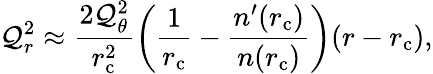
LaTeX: \mathcal{Q}_{r}^{2}\approx\frac{{2\mathcal{Q}_{\theta}^{2}}}{{r_{\mathrm{{c}}}^{2}}}\left(\frac{{1}}{{r_{\mathrm{{c}}}}}-\frac{{n^{\prime}(r_{\mathrm{{c}}})}}{{n(r_{\mathrm{{c}}})}}\right)(r-r_{\mathrm{{c}}}),